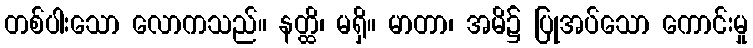
တစ်ပါးသော လောကသည်။ နတ္ထိ၊ မရှိ။ မာတာ၊ အမိ၌ ပြုအပ်သော ကောင်းမှု